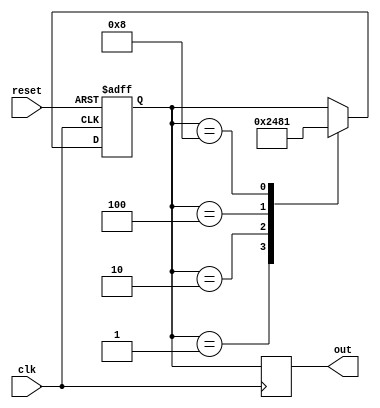
module johnson_counter (
    input clk,          // Clock signal input
    input reset,        // Reset signal input
    output reg [3:0] out // Output signal (4-bit Johnson counter)
);

reg [3:0] state; // Internal state register

// State transition logic
always @(posedge clk or posedge reset) begin
    if (reset) begin
        state <= 4'b0001; // Initial state
    end else begin
        case(state)
            4'b0001: state <= 4'b0010;
            4'b0010: state <= 4'b0100;
            4'b0100: state <= 4'b1000;
            4'b1000: state <= 4'b0001;
        endcase
    end
end

// Output assignment based on current state
always @(posedge clk) begin
    out <= state;
end

endmodule